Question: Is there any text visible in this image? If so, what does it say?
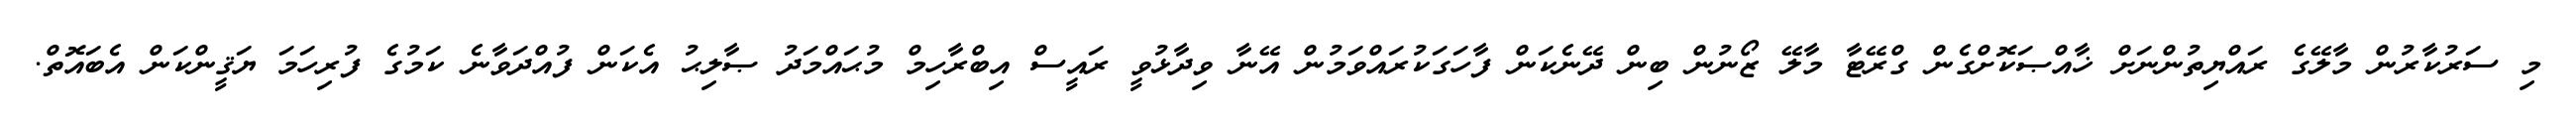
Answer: މި ސަރުކާރުން މާލޭގެ ރައްޔިތުންނަށް ޚާއްޞަކޮށްގެން ގްރޭޓާ މާލޭ ޒޯނުން ބިން ދޭނެކަން ފާހަގަކުރައްވަމުން އޭނާ ވިދާޅުވީ ރައީސް އިބްރާހިމް މުޙައްމަދު ޞާލިޙު އެކަން ފުއްދަވާނެ ކަމުގެ ފުރިހަމަ ޔަޤީންކަން އެބައޮތް.